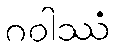
ဂဝါဿံ